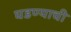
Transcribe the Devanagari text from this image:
घडण्याची